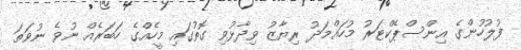
ފުލުހުންގެ އިންސްޕެކްޓަރު މުހައްމަދު ރިޔާޒު ވިދާޅުވި ގޮތުގައި މީހެއްގެ ހަބަރެއް ނުވެ ނުވަތަ